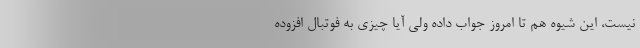
نیست، این شیوه هم تا امروز جواب داده ولی آیا چیزی به فوتبال افزوده